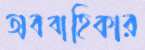
অববাহিকার